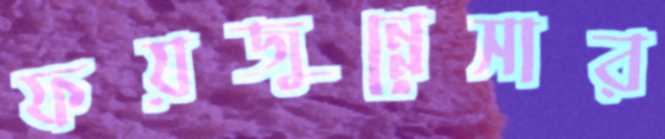
ফয়জুন্নেসার